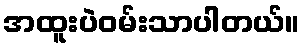
အထူးပဲဝမ်းသာပါတယ်။